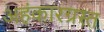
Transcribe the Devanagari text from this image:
अहंकारग्रस्त